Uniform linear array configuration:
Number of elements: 24
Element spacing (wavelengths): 1
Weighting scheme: exponential
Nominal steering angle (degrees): -60
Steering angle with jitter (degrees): -60.243
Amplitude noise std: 0.05
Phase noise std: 0.05

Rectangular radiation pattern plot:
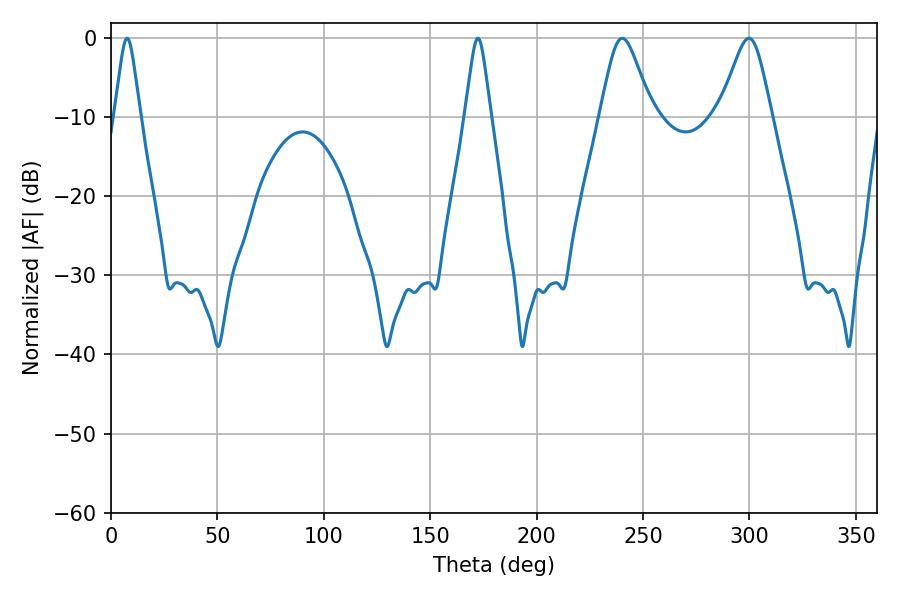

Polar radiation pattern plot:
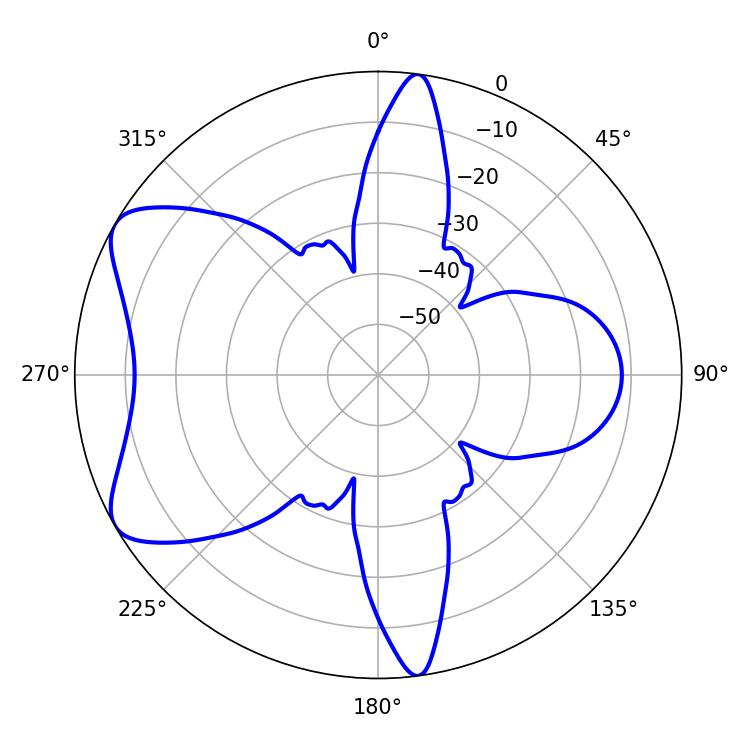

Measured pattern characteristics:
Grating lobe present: TRUE
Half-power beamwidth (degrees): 5.76
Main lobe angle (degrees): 7.56